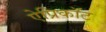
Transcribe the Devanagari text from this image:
ऐप्रिकॉट